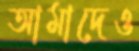
আমাদেও